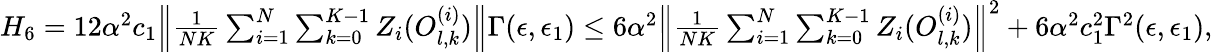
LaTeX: \begin{array}{r}{H_{6}=12\alpha^{2}c_{1}\Big\lVert\frac{1}{NK}\sum_{i=1}^{N}\sum_{k=0}^{K-1}Z_{i}(O_{l,k}^{(i)})\Big\rVert\Gamma(\epsilon,\epsilon_{1})\le 6\alpha^{2}\Big\lVert\frac{1}{NK}\sum_{i=1}^{N}\sum_{k=0}^{K-1}Z_{i}(O_{l,k}^{(i)})\Big\rVert^{2}+6\alpha^{2}c_{1}^{2}\Gamma^{2}(\epsilon,\epsilon_{1}),}\end{array}